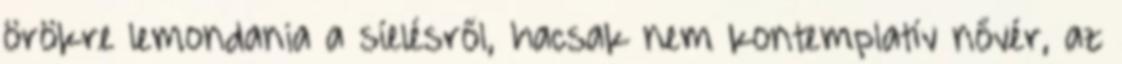
örökre lemondania a síelésről, hacsak nem kontemplatív nővér, az